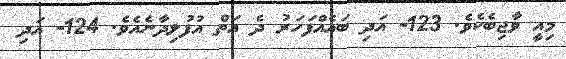
މިއީ ވާޖިބެކެވެ. 123- އަދި ބައެއްފަހަރު ދެ އަތް އުފުލިދާނެއެވެ. 124- އަދި